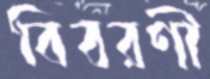
বিবরণী